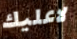
لاعليك